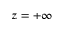
z = + \infty